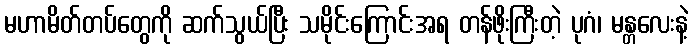
မဟာမိတ်တပ်တွေကို ဆက်သွယ်ပြီး သမိုင်းကြောင်းအရ တန်ဖိုးကြီးတဲ့ ပုဂံ၊ မန္တလေးနဲ့